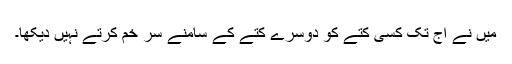
میں نے آج تک کسی کتے کو دوسرے کتے کے سامنے سر خم کرتے نہیں دیکھا۔